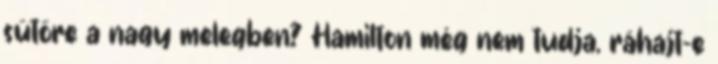
sütőre a nagy melegben? Hamilton még nem tudja, ráhajt-e